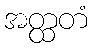
အတ္ထတံ